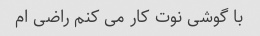
با گوشی نوت کار می کنم راضی ام